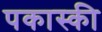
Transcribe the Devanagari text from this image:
पकास्की